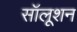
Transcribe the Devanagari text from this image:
सॉलूशन